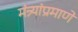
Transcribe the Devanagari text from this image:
मंत्र्यांप्रमाणे